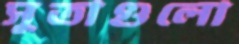
সুতাগুলো